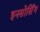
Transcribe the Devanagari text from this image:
इनसोर्सिंग